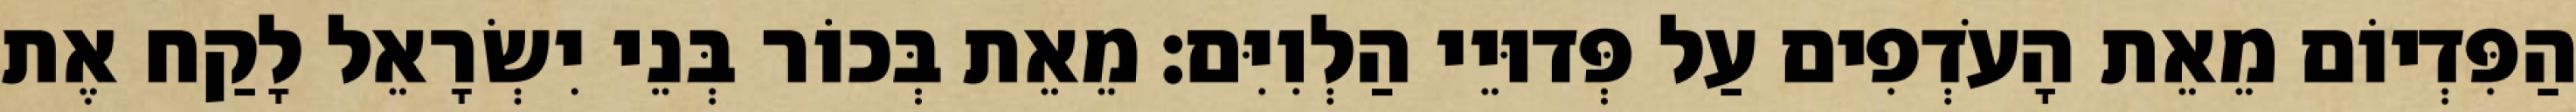
הַפִּדְיוֹם מֵאֵת הָעֹדְפִים עַל פְּדוּיֵי הַלְוִיִּם׃ מֵאֵת בְּכוֹר בְּנֵי יִשְׂרָאֵל לָקַח אֶת